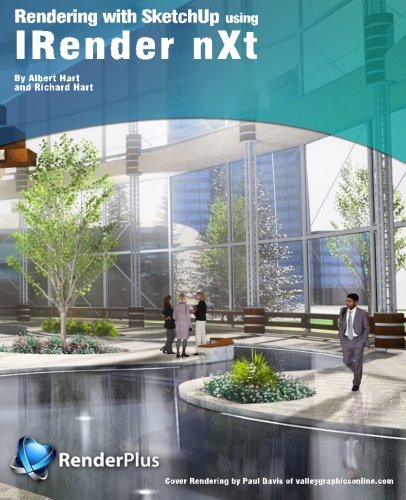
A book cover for Rendering with SketchUp using IRender nXt; Albert Hart; Computers & Technology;